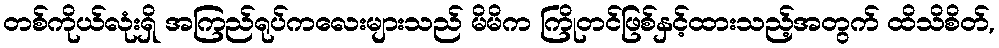
တစ်ကိုယ်လုံးရှိ အကြည်ရုပ်ကလေးများသည် မိမိက ကြိုတင်ဖြစ်နှင့်ထားသည့်အတွက် ထိသိစိတ်,